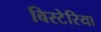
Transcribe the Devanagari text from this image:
विस्टेरिया